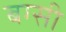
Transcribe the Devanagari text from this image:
बग्सी